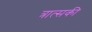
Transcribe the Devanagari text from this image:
त्रात्सकी